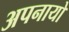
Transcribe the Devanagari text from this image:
अपनायो